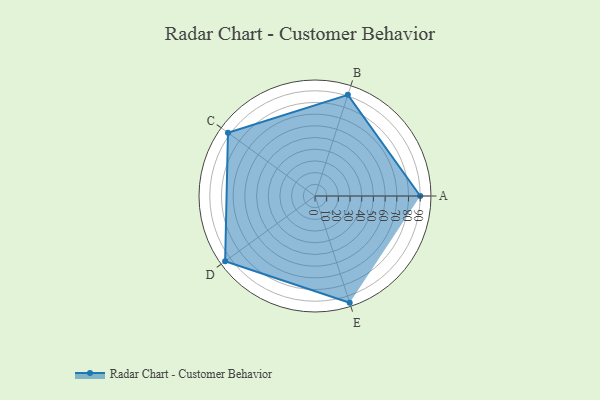
{"axis": {"x": "Skill", "y": "Score"}, "legend": ["Profile"], "data": [{"x": "A", "y": 90.0, "type": "Profile"}, {"x": "B", "y": 91.0, "type": "Profile"}, {"x": "C", "y": 92.0, "type": "Profile"}, {"x": "D", "y": 95.0, "type": "Profile"}, {"x": "E", "y": 96.0, "type": "Profile"}]}